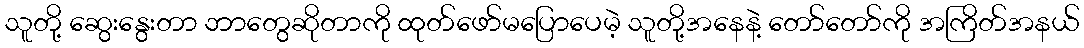
သူတို့ ဆွေးနွေးတာ ဘာတွေဆိုတာကို ထုတ်ဖော်မပြောပေမဲ့ သူတို့အနေနဲ့ တော်တော်ကို အကြိတ်အနယ်